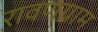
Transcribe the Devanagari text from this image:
रावणग्राम